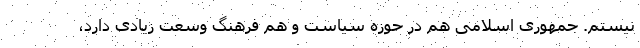
نیستم. جمهوری اسلامی هم در حوزه سیاست و هم فرهنگ وسعت زیادی دارد،